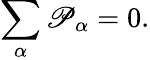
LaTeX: \begin{array}{r}{\displaystyle\sum_{\alpha}\mathscr{P}_{\alpha}=0.}\end{array}